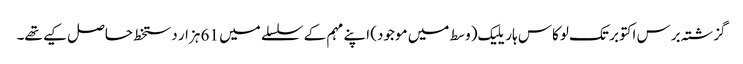
گزشتہ برس اکتوبر تک لوکاس ہاریلیک (وسط میں موجود) اپنے مہم کے سلسلے میں 61 ہزار دستخط حاصل کیے تھے۔